Calcutta medical institutions reports 1892-1900
Year: 1892
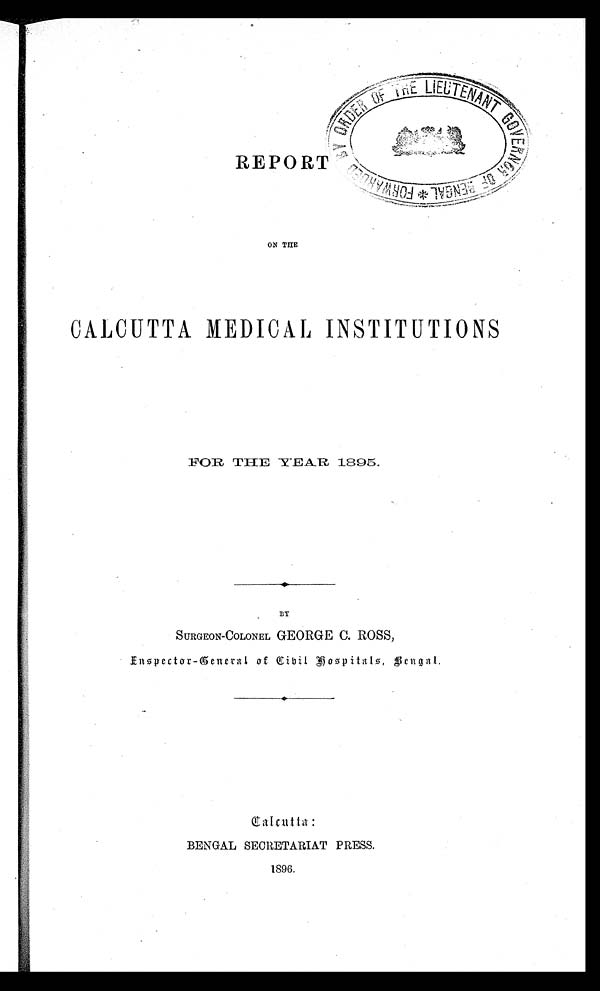
REPORT
ON THE
CALCUTTA MEDICAL INSTITUTIONS
FOR THE YEAR 1895.
BY
SURGEON-COLONEL GEORGE C. ROSS,
Inspector-General of Cibil HospitaIs, Bengal
Calcutta:
BENGAL SECRETARIAT PRESS.
1896.